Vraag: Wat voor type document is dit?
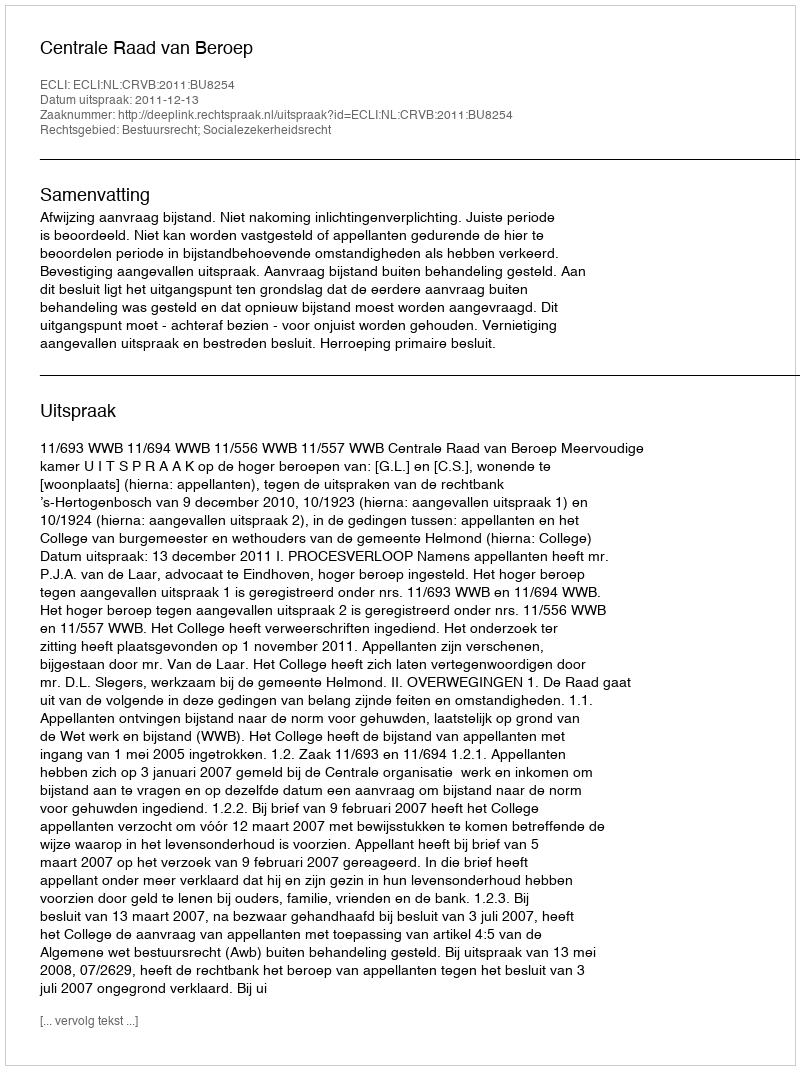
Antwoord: Uitspraak